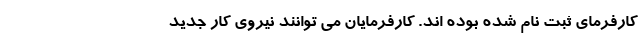
کارفرمای ثبت نام شده بوده اند. کارفرمایان می توانند نیروی کار جدید